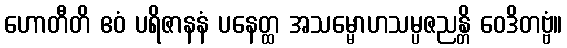
ဟောတီတိ ဧဝံ ပရိဇာနနံ ပနေတ္ထ အသမ္မောဟသမ္ပဇညန္တိ ဝေဒိတဗ္ဗံ။